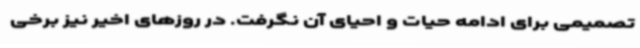
تصمیمی برای ادامه حیات و احیای آن نگرفت. در روزهای اخیر نیز برخی